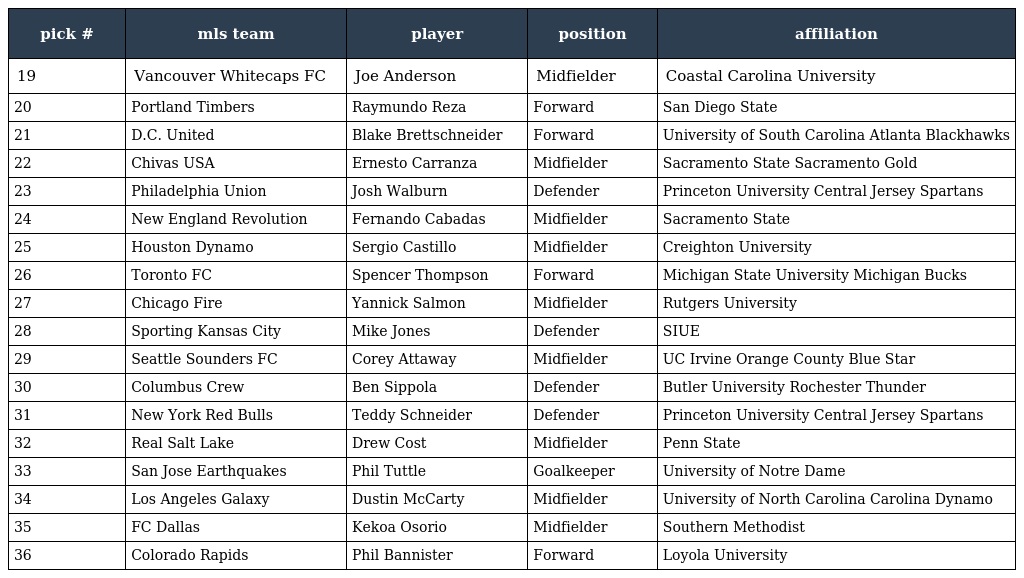
| pick # | mls team | player | position | affiliation |
 | --- | --- | --- | --- | --- |
 | 19 | Vancouver Whitecaps FC | Joe Anderson | Midfielder | Coastal Carolina University |
 | 20 | Portland Timbers | Raymundo Reza | Forward | San Diego State |
 | 21 | D.C. United | Blake Brettschneider | Forward | University of South Carolina Atlanta Blackhawks |
 | 22 | Chivas USA | Ernesto Carranza | Midfielder | Sacramento State Sacramento Gold |
 | 23 | Philadelphia Union | Josh Walburn | Defender | Princeton University Central Jersey Spartans |
 | 24 | New England Revolution | Fernando Cabadas | Midfielder | Sacramento State |
 | 25 | Houston Dynamo | Sergio Castillo | Midfielder | Creighton University |
 | 26 | Toronto FC | Spencer Thompson | Forward | Michigan State University Michigan Bucks |
 | 27 | Chicago Fire | Yannick Salmon | Midfielder | Rutgers University |
 | 28 | Sporting Kansas City | Mike Jones | Defender | SIUE |
 | 29 | Seattle Sounders FC | Corey Attaway | Midfielder | UC Irvine Orange County Blue Star |
 | 30 | Columbus Crew | Ben Sippola | Defender | Butler University Rochester Thunder |
 | 31 | New York Red Bulls | Teddy Schneider | Defender | Princeton University Central Jersey Spartans |
 | 32 | Real Salt Lake | Drew Cost | Midfielder | Penn State |
 | 33 | San Jose Earthquakes | Phil Tuttle | Goalkeeper | University of Notre Dame |
 | 34 | Los Angeles Galaxy | Dustin McCarty | Midfielder | University of North Carolina Carolina Dynamo |
 | 35 | FC Dallas | Kekoa Osorio | Midfielder | Southern Methodist |
 | 36 | Colorado Rapids | Phil Bannister | Forward | Loyola University |